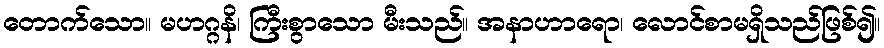
တောက်သော။ မဟဂ္ဂနိ၊ ကြီးစွာသော မီးသည်။ အနာဟာရော၊ လောင်စာမရှိသည်ဖြစ်၍။